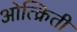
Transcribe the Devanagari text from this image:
ओत्क्रिती